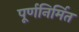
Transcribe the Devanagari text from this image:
पूर्णनिर्मित